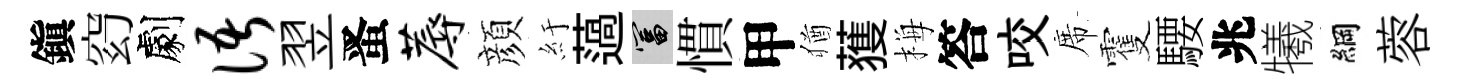
鎭𥥆劇语翌󱉠蓐顔紆薖富慣甲猶𫉬梅答咬席䨥騕兆犧綱蓉